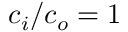
c _ { i } / c _ { o } = 1